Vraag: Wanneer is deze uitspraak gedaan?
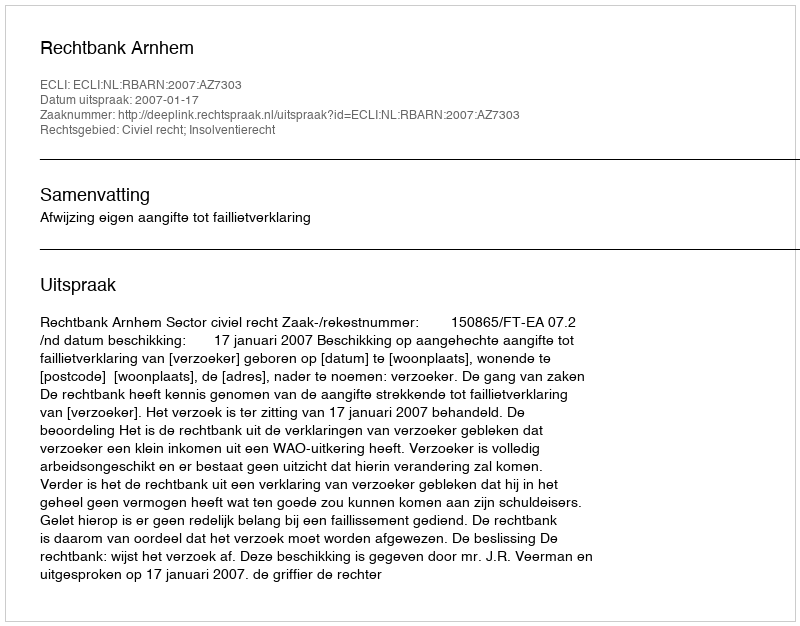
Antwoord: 2007-01-17